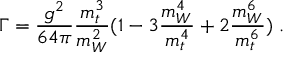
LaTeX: \Gamma = \frac { g ^ { 2 } } { 6 4 \pi } \frac { m _ { t } ^ { 3 } } { m _ { W } ^ { 2 } } ( 1 - 3 \frac { m _ { W } ^ { 4 } } { m _ { t } ^ { 4 } } + 2 \frac { m _ { W } ^ { 6 } } { m _ { t } ^ { 6 } } ) \; .